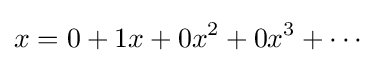
x=0+1x+0x^{2}+0x^{3}+\cdots